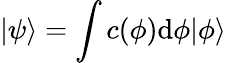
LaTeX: |\psi\rangle=\int c(\phi)\mathrm{{d}}\phi|\phi\rangle